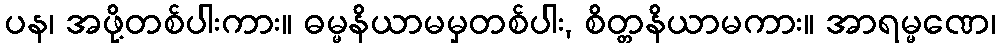
ပန၊ အဖို့တစ်ပါးကား။ ဓမ္မနိယာမမှတစ်ပါး, စိတ္တနိယာမကား။ အာရမ္မဏေ၊